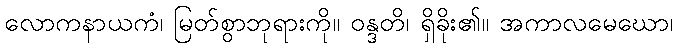
လောကနာယကံ၊ မြတ်စွာဘုရားကို။ ဝန္ဒတိ၊ ရှိခိုး၏။ အကာလမေဃော၊